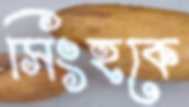
সিংহকে